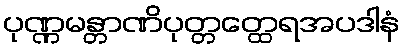
ပုဏ္ဏမန္တာဏိပုတ္တတ္ထေရအပဒါနံ